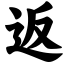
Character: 返